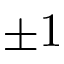
\pm 1